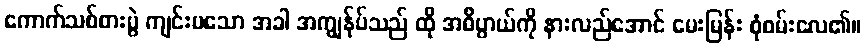
ကောက်သစ်စားပွဲ ကျင်းပသော အခါ အကျွန်ုပ်သည် ထို အဓိပ္ပာယ်ကို နားလည်အောင် မေးမြန်း စုံစမ်းလေ၏။